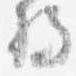
将